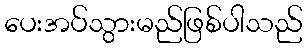
ပေးအပ်သွားမည်ဖြစ်ပါသည်